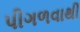
પીગળવાથી